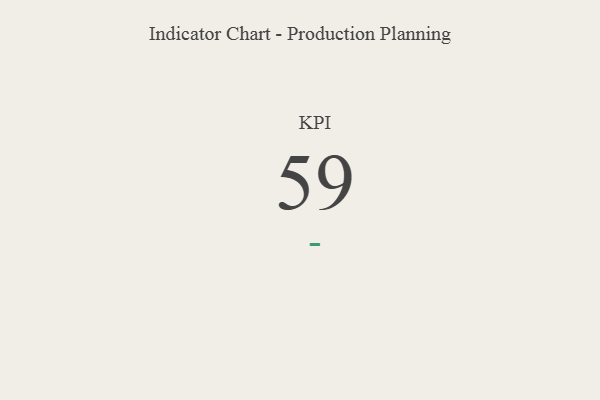
{"axis": {"x": "KPI", "y": "Value"}, "legend": [""], "data": [{"x": "KPI", "y": 59, "type": ""}]}